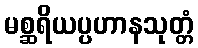
မစ္ဆရိယပ္ပဟာနသုတ္တံ